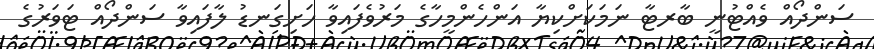
ސަންދޯއް ވެއްޓުނީ ބާރޓާ ނަމަކަށްކިޔާ އަންހެންމީހާގެ މަރުވެފައިވާ ހަށިގަނޑު ލާފައިވާ ސަންދޯއް ޓަވަރުގެ